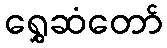
ရွှေဆံတော်